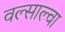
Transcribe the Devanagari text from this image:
वल्साल्वा